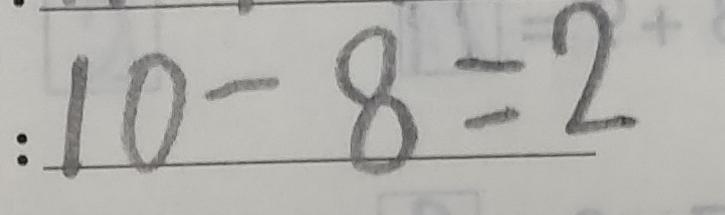
: 1 0 - 8 = 2